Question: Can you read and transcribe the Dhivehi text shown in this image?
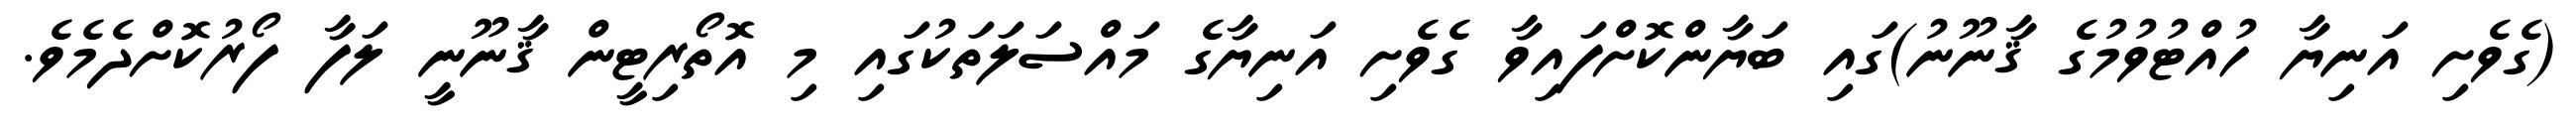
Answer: (ގެވެށި އަނިޔާ ހުއްޓުވުމުގެ ޤާނޫނު)ގައި ބަޔާންކޮށްފައިވާ ގެވެށި އަނިޔާގެ މައްސަލަތަކުގައި މި އޮތޯރިޓީން ޤާނޫނީ ލަފާ ފޯރުކޮށްދެމެވެ.